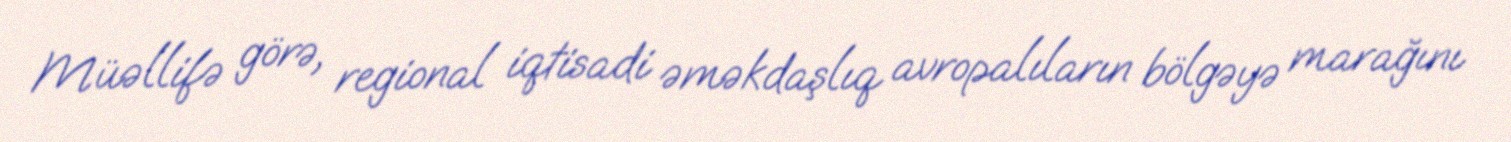
Müəllifə görə, regional iqtisadi əməkdaşlıq avropalıların bölgəyə marağını